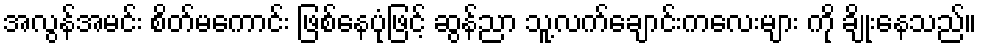
အလွန်အမင်း စိတ်မကောင်း ဖြစ်နေပုံဖြင့် ဆွန်ညာ သူ့လက်ချောင်းကလေးများ ကို ချိုးနေသည်။